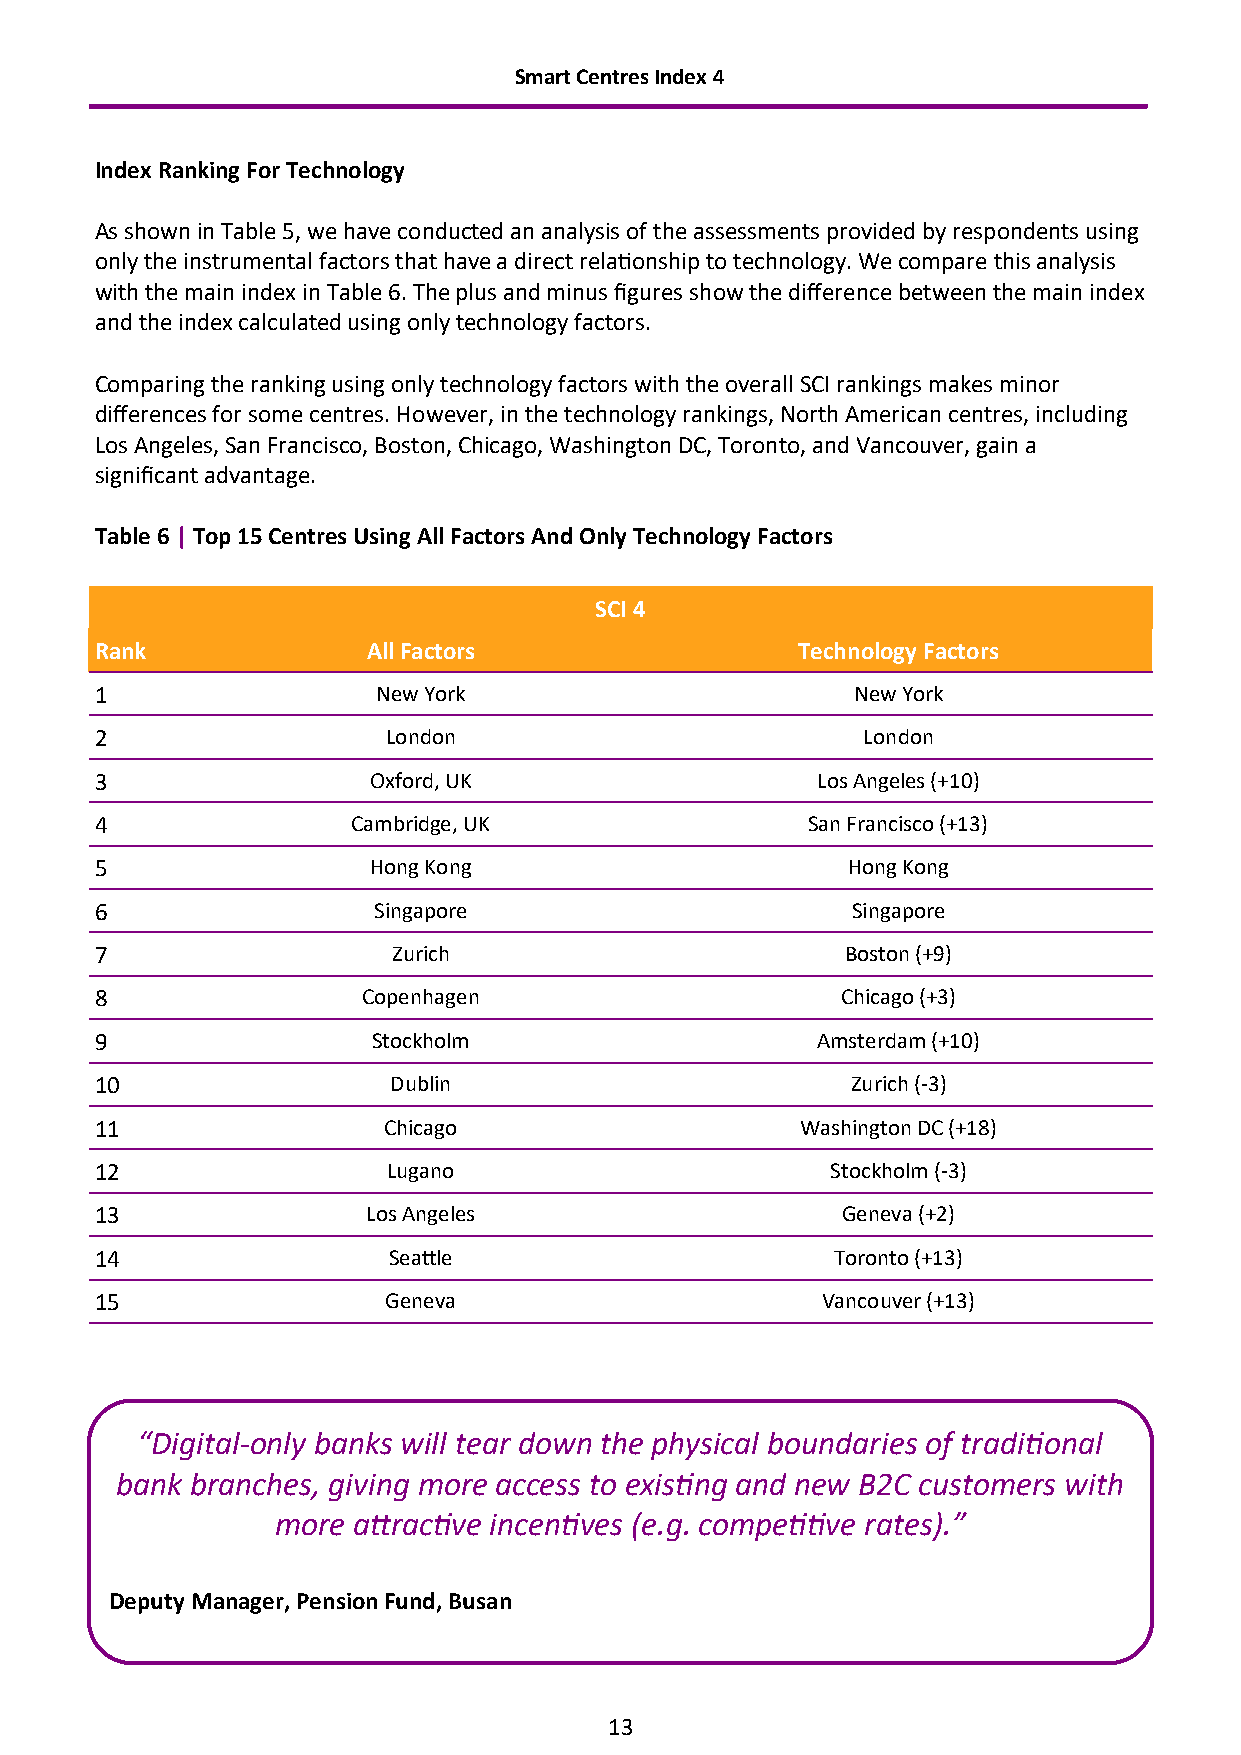
Smart Centres Index 4
 Index Ranking For Technology
 As shown in Table 5, we have conducted an analysis of the assessments provided by respondents using
 only the instrumental factors that have a direct relationship to technology. We compare this analysis
 with the main index in Table 6. The plus and minus figures show the difference between the main index
 and the index calculated using only technology factors.
 Comparing the ranking using only technology factors with the overall SCI rankings makes minor
 differences for some centres. However, in the technology rankings, North American centres, including
 Los Angeles, San Francisco, Boston, Chicago, Washington DC, Toronto, and Vancouver, gain a
 significant advantage.
 Table 6 | Top 15 Centres Using All Factors And Only Technology Factors
 SCI 4
 Rank              All Factors                  Technology Factors
 1                  New York                       New York
 2                   London                         London
 3                 Oxford, UK                    Los Angeles (+10)
 4                Cambridge, UK                 San Francisco (+13)
 5                 Hong Kong                       Hong Kong
 6                  Singapore                      Singapore
 7                   Zurich                        Boston (+9)
 8                 Copenhagen                      Chicago (+3)
 9                  Stockholm                    Amsterdam (+10)
 10                  Dublin                        Zurich (-3)
 11                 Chicago                     Washington DC (+18)
 12                  Lugano                       Stockholm (-3)
 13                Los Angeles                     Geneva (+2)
 14                  Seattle                      Toronto (+13)
 15                 Geneva                       Vancouver (+13)
 “Digital-only banks will tear down the physical boundaries of traditional
 bank branches, giving more access to existing and new B2C customers with
 more attractive incentives (e.g. competitive rates).”
 Deputy Manager, Pension Fund, Busan
 13